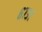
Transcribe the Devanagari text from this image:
६७३१